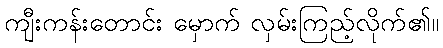
ကျီးကန်းတောင်း မှောက် လှမ်းကြည့်လိုက်၏။